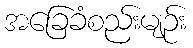
အခြေခံစည်းမျဉ်း